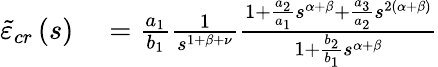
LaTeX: \begin{array}{rl}{\tilde{\varepsilon}_{cr}\left(s\right)}&{{}=\frac{a_{1}}{b_{1}}\frac{1}{s^{1+\beta+\nu}}\frac{1+\frac{a_{2}}{a_{1}}s^{\alpha+\beta}+\frac{a_{3}}{a_{2}}s^{2\left(\alpha+\beta\right)}}{1+\frac{b_{2}}{b_{1}}s^{\alpha+\beta}}}\end{array}